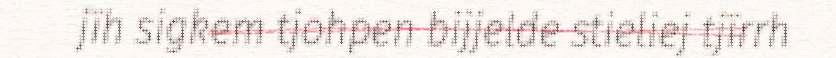
jïh sigkem tjohpen bijjelde stieliej tjïrrh